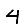
Digit: 4